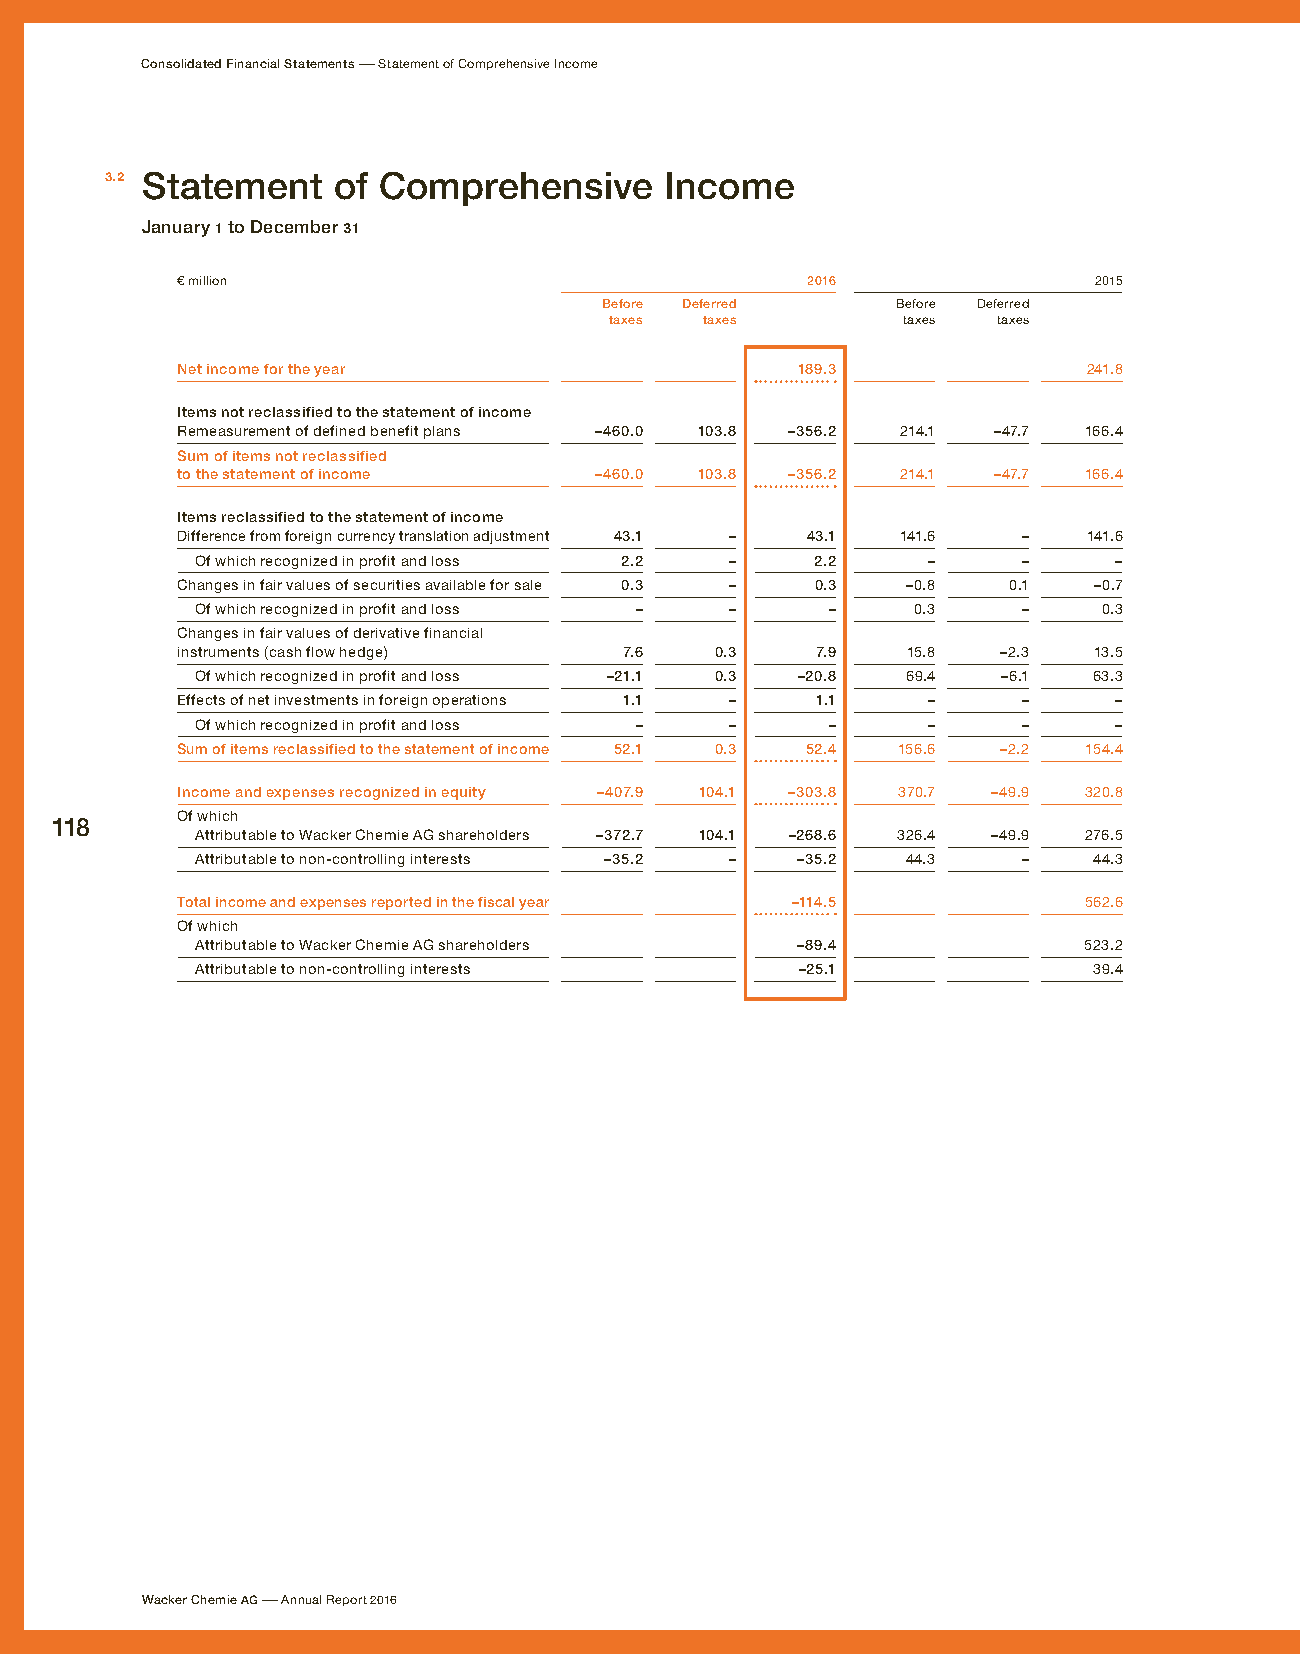
Consolidated Financial Statements – Statement of Comprehensive Income
 3.2 Statement  of Comprehensive      Income
 January 1 to December 31
 € million                                2016               2015
 Before Deferred    Before Deferred
 taxes  taxes        taxes taxes
 Net income for the year                  189.3              241.8
 Items not reclassified to the statement of income
 Remeasurement of defined benefit plans –460.0 103.8 –356.2 214.1 –47.7 166.4
 Sum of items not reclassified
 to the statement of income –460.0 103.8 –356.2  214.1 –47.7 166.4
 Items reclassified to the statement of income
 Difference from foreign currency translation adjustment 43.1 – 43.1 141.6 – 141.6
 Of which recognized in profit and loss 2.2 – 2.2 –     –     –
 Changes in fair values of securities available for sale 0.3 – 0.3 –0.8 0.1 –0.7
 Of which recognized in profit and loss – – –   0.3     –    0.3
 Changes in fair values of derivative financial
 instruments (cash flow hedge) 7.6  0.3    7.9   15.8  –2.3  13.5
 Of which recognized in profit and loss –21.1 0.3 –20.8 69.4 –6.1 63.3
 Effects of net investments in foreign operations 1.1 – 1.1 – – –
 Of which recognized in profit and loss – – –    –      –     –
 Sum of items reclassified to the statement of income 52.1 0.3 52.4 156.6 –2.2 154.4
 Income and expenses recognized in equity –407.9 104.1 –303.8 370.7 –49.9 320.8
 Of which
 118
 Attributable to Wacker Chemie AG shareholders –372.7 104.1 –268.6 326.4 –49.9 276.5
 Attributable to non-controlling interests –35.2 – –35.2 44.3 – 44.3
 Total income and expenses reported in the fiscal year –114.5 562.6
 Of which
 Attributable to Wacker Chemie AG shareholders –89.4        523.2
 Attributable to non-controlling interests –25.1            39.4
 Wacker Chemie AG – Annual Report 2016